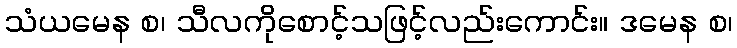
သံယမေန စ၊ သီလကိုစောင့်သဖြင့်လည်းကောင်း။ ဒမေန စ၊